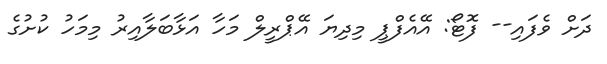
ދަށް ވެފައި-- ފޮޓޯ: އޭއެފްޕީ މިދިޔަ އޭޕްރީލް މަހާ އަޅާބަލާއިރު މިމަހު ކުށުގެ